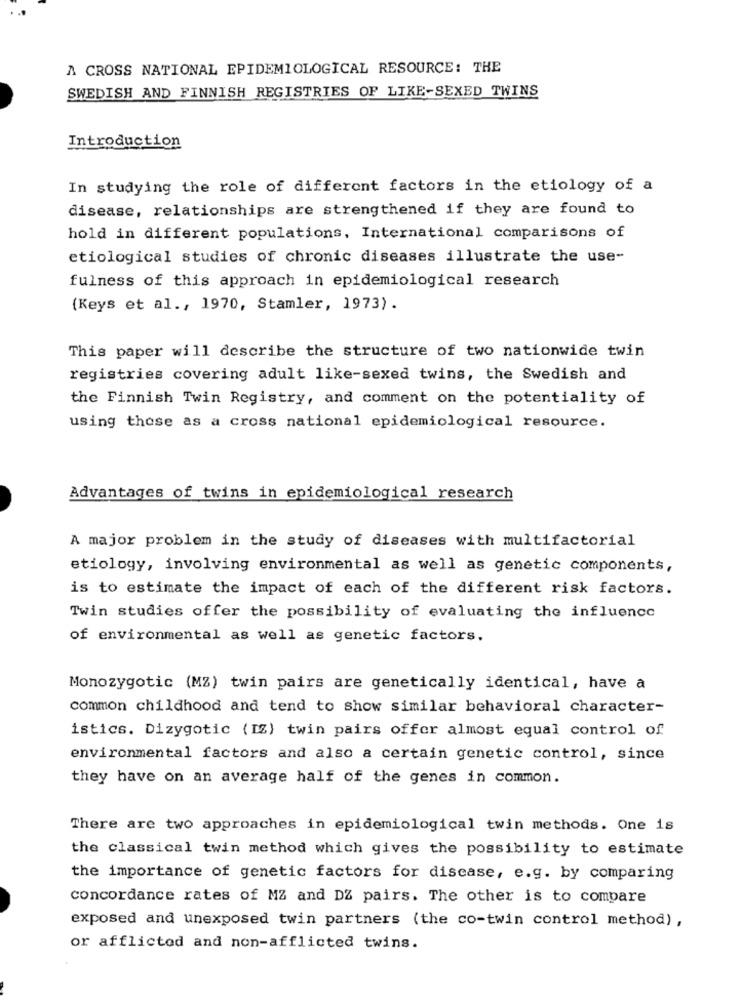
A CROSS NATIONAL EPIDEMIOLOGICAL RESOURCE: THE
SWEDISH AND FINNISH REGISTRIES OF LIKE-SEXED TWINS
Introduction
In studying the role of different factors in the etiology of a
disease, relationships are strengthened if they are found to
hold in different populations, International comparisons of
etiological studies of chronic diseases illustrate the use-
fulness of this approach in epidemiological research
(Keys et al ., 1970, Stamler, 1973).
This paper will describe the structure of two nationwide twin
registries covering adult like-sexed twins, the Swedish and
the Finnish Twin Registry, and comment on the potentiality of
using those as a cross national epidemiological resource.
Advantages of twins in epidemiological research
A major problem in the study of diseases with multifactorial
etiology, involving environmental as well as genetic components,
is to estimate the impact of each of the different risk factors.
Twin studies offer the possibility of evaluating the influence
of environmental as well as genetic factors.
Monozygotic (MZ) twin pairs are genetically identical, have a
common childhood and tend to show similar behavioral character-
istics. Dizygotic (IZ) twin pairs offer almost equal control of
environmental factors and also a certain genetic control, since
they have on an average half of the genes in common.
There are two approaches in epidemiological twin methods. One is
the classical twin method which gives the possibility to estimate
the importance of genetic factors for disease, e.g. by comparing
concordance rates of MZ and DZ pairs. The other is to compare
exposed and unexposed twin partners (the co-twin control method) ,
or afflicted and non-afflicted twins.